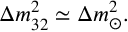
\Delta m _ { 3 2 } ^ { 2 } \simeq \Delta m _ { \odot } ^ { 2 } .